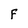
Character: F